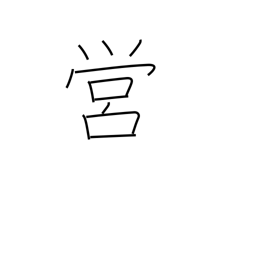
Meaning: camp